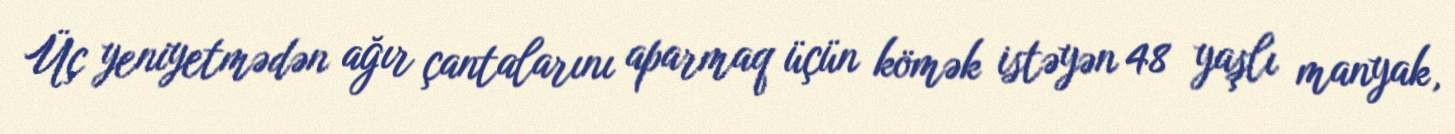
Üç yeniyetmədən ağır çantalarını aparmaq üçün kömək istəyən 48 yaşlı manyak,